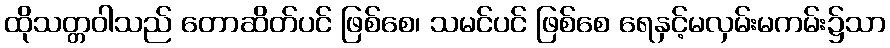
ထိုသတ္တဝါသည် တောဆိတ်ပင် ဖြစ်စေ၊ သမင်ပင် ဖြစ်စေ ရေနှင့်မလှမ်းမကမ်း၌သာ